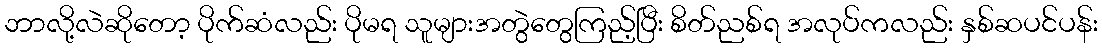
ဘာလို့လဲဆိုတော့ ပိုက်ဆံလည်း ပိုမရ သူများအတွဲတွေကြည့်ပြီး စိတ်ညစ်ရ အလုပ်ကလည်း နှစ်ဆပင်ပန်း